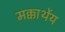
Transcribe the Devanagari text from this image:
मक्कार्थेय